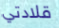
قلادتي